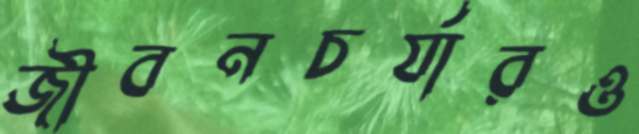
জীবনচর্যারও